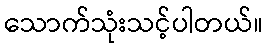
သောက်သုံးသင့်ပါတယ်။